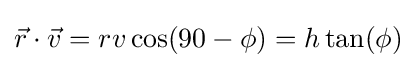
{\vec {r}}\cdot {\vec {v}}=rv\cos(90-\phi )=h\tan(\phi )